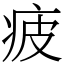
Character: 疲